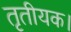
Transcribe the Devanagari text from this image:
तृतीयक।